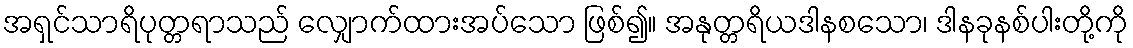
အရှင်သာရိပုတ္တရာသည် လျှောက်ထားအပ်သော ဖြစ်၍။ အနုတ္တရိယဒါနစသော၊ ဒါနခုနစ်ပါးတို့ကို